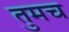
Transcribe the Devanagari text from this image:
तुमच